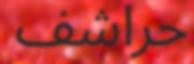
حراشف